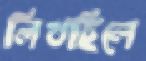
লিখছিলে